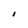
Character: I